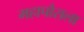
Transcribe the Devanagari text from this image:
महापौराला